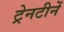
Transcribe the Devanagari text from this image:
ट्रेनटीनें